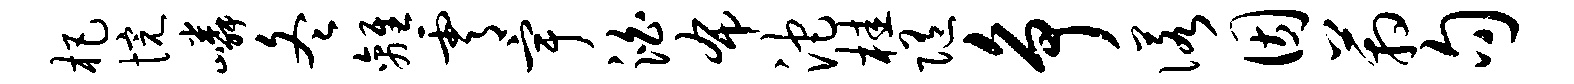
杷惋嶙冬离霄宇泊布沱桂随争诺因箱句